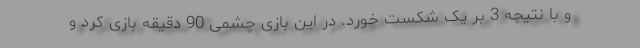
و با نتیجه 3 بر یک شکست خورد. در این بازی چشمی 90 دقیقه بازی کرد و